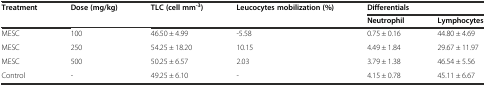
<table><thead><tr><td><b>Treatment</b></td><td><b>Dose (mg/kg)</b></td><td><b>TLC (cell mm<sup>-3</sup>)</b></td><td><b>Leucocytes mobilization (%)</b></td><td colspan="2"><b>Differentials</b></td></tr><tr><td></td><td></td><td></td><td></td><td><b>Neutrophil</b></td><td><b>Lymphocytes</b></td></tr></thead><tbody><tr><td>MESC</td><td>100</td><td>46.50 ± 4.99</td><td>-5.58</td><td>0.75 ± 0.16</td><td>44.80 ± 4.69</td></tr><tr><td>MESC</td><td>250</td><td>54.25 ± 18.20</td><td>10.15</td><td>4.49 ± 1.84</td><td>29.67 ± 11.97</td></tr><tr><td>MESC</td><td>500</td><td>50.25 ± 6.57</td><td>2.03</td><td>3.79 ± 1.38</td><td>46.54 ± 5.56</td></tr><tr><td>Control</td><td>-</td><td>49.25 ± 6.10</td><td>-</td><td>4.15 ± 0.78</td><td>45.11 ± 6.67</td></tr></tbody></table>